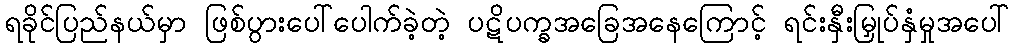
ရခိုင်ပြည်နယ်မှာ ဖြစ်ပွားပေါ်ပေါက်ခဲ့တဲ့ ပဋိပက္ခအခြေအနေကြောင့် ရင်းနှီးမြှုပ်နှံမှုအပေါ်